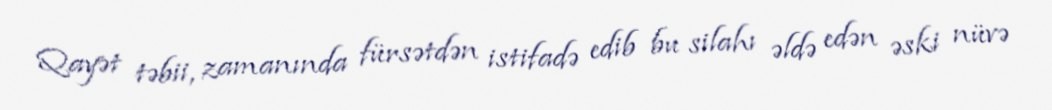
Qayət təbii, zamanında fürsətdən istifadə edib bu silahı əldə edən əski nüvə